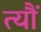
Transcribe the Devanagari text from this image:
त्यौं